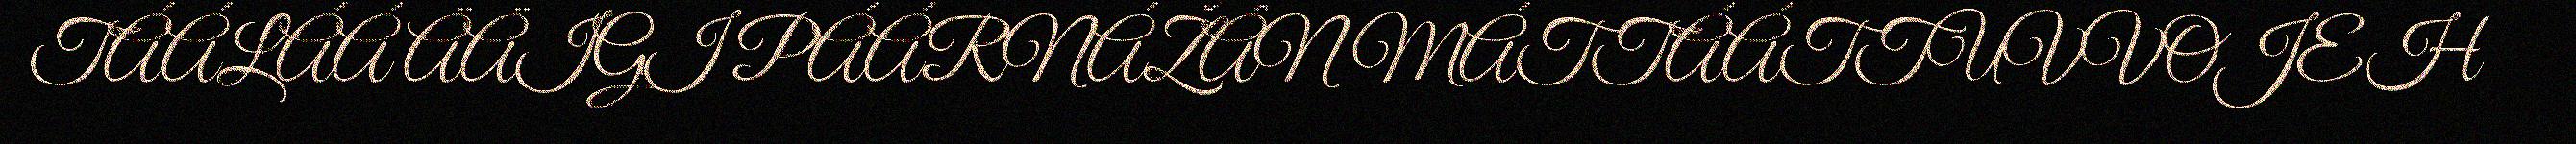
TÁÁLÁÁ ÄÄIGI PÁÁRNÁŽÂN MÁTTÁÁTTUVVOJEH